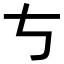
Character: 𠀁